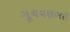
ગૂચવણભરી